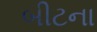
બીટના